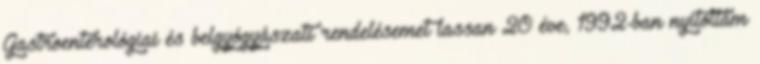
Gastroenterológiai és belgyógyászati rendelésemet lassan 20 éve, 1992-ban nyitottam